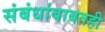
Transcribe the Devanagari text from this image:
संबंधांबाबतही